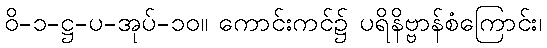
ဝိ-၁-ဋ္ဌ-ပ-အုပ်-၁၀။ ကောင်းကင်၌ ပရိနိဗ္ဗာန်စံကြောင်း၊